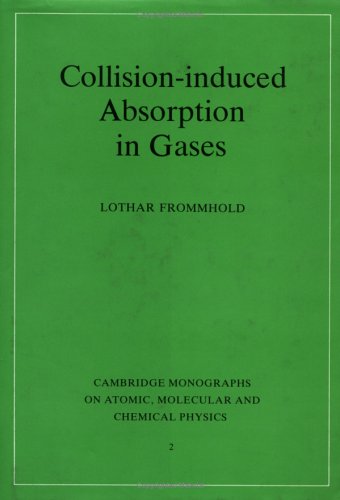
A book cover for Collision-induced Absorption in Gases (Cambridge Monographs on Atomic, Molecular and Chemical Physics); Lothar Frommhold; Science & Math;